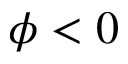
\phi < 0